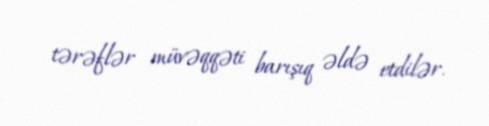
tərəflər müvəqqəti barışıq əldə etdilər.